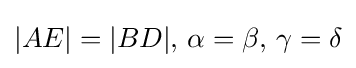
|AE|=|BD|,\,\alpha =\beta ,\,\gamma =\delta